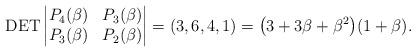
LaTeX: \begin{gather*}\operatorname{DET} \left | \begin{matrix}P_4(\beta) & P_3(\beta) \\P_3(\beta) & P_2(\beta)\end{matrix} \right | = (3,6,4,1)=\big(3+3 \beta+ \beta^2\big) (1+\beta).\end{gather*}